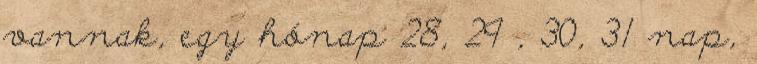
vannak, egy hónap 28, 29 , 30, 31 nap,